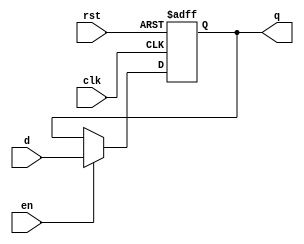
module output_register (
    input wire clk,        // Clock input
    input wire rst,        // Asynchronous reset
    input wire en,         // Enable signal
    input wire [N-1:0] d,  // Data input (width N)
    output reg [N-1:0] q   // Data output (width N)
);
    parameter N = 8; // Parameter for bit width of the register

    // Synchronous process for the output register
    always @(posedge clk or posedge rst) begin
        if (rst) begin
            q <= {N{1'b0}}; // Asynchronously reset the output to zero
        end else if (en) begin
            q <= d;         // Capture the data input on clock edge if enabled
        end
        // If reset is not active and enable is inactive, hold the current value of q
    end
endmodule